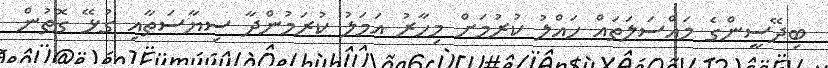
ބިދޭސީންގެ މައްސަލަތައް ހައްލު ކުރުމަށް މިހާރު އަމަލު ކުރަމުންދާ ސިޔާސަތާއި ގުޅޭ ގޮތުން